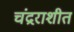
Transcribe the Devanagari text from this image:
चंद्रराशीत